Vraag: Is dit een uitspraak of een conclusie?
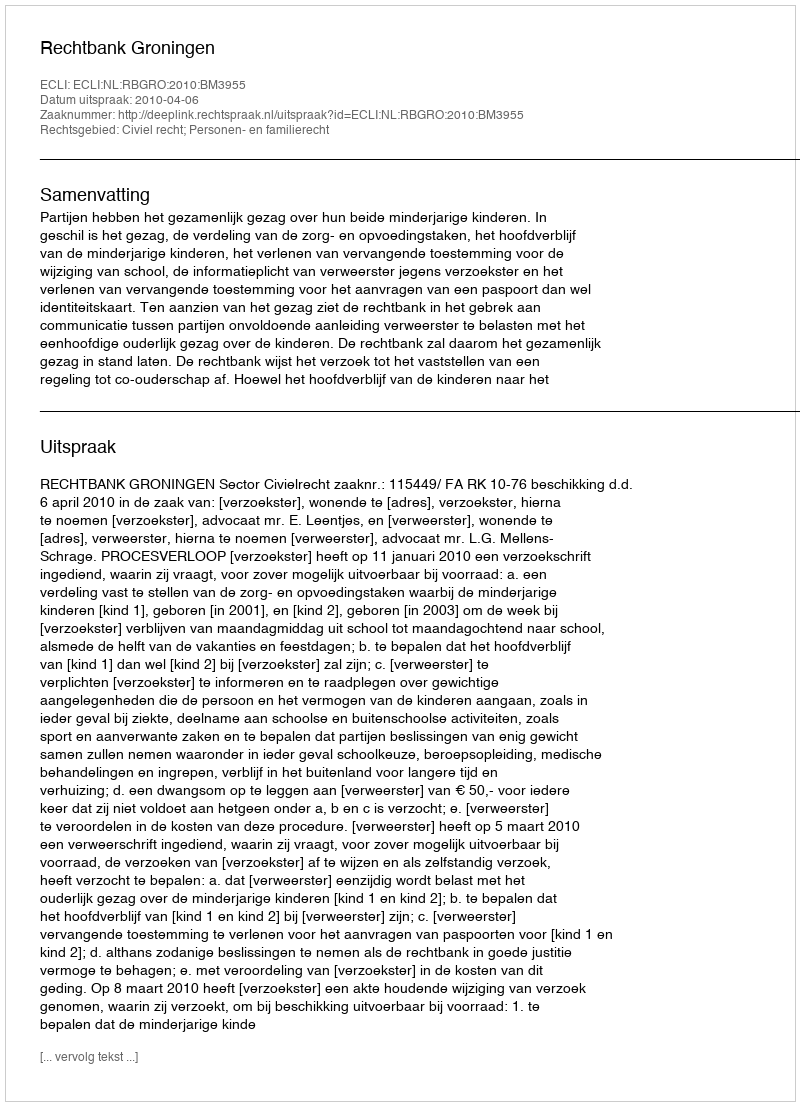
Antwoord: Uitspraak